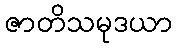
ဇာတိသမုဒယာ